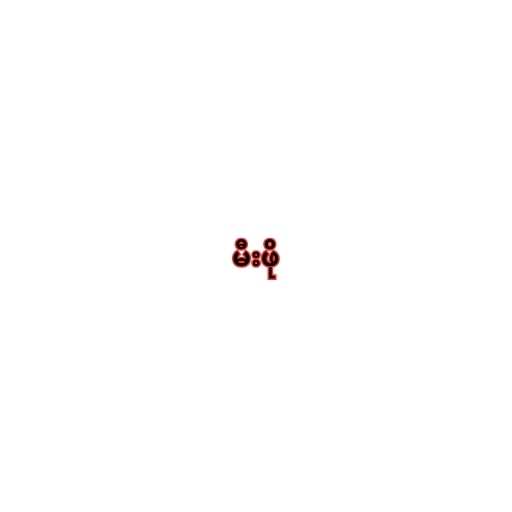
မီးဖို